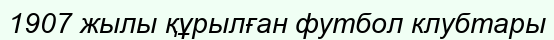
1907 жылы құрылған футбол клубтары